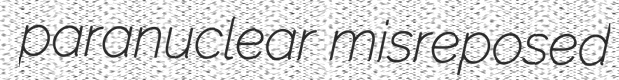
paranuclear misreposed